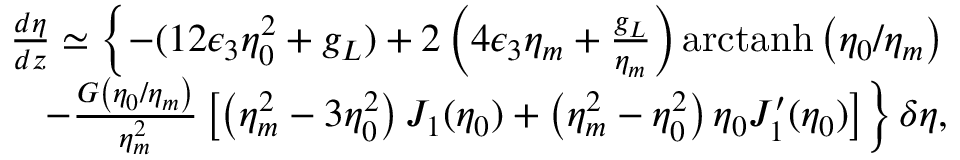
\begin{array} { r l r } & { } & { \! \! \! \! \! \! \! \! \frac { d \eta } { d z } \simeq \left\{ - ( 1 2 \epsilon _ { 3 } \eta _ { 0 } ^ { 2 } + g _ { L } ) + 2 \left( 4 \epsilon _ { 3 } \eta _ { m } + \frac { g _ { L } } { \eta _ { m } } \right) \mathrm { a r c t a n h } \left( \eta _ { 0 } / \eta _ { m } \right) \right. } \\ & { } & { \left. - \frac { G \left( \eta _ { 0 } / \eta _ { m } \right) } { \eta _ { m } ^ { 2 } } \left[ \left( \eta _ { m } ^ { 2 } - 3 \eta _ { 0 } ^ { 2 } \right) J _ { 1 } ( \eta _ { 0 } ) + \left( \eta _ { m } ^ { 2 } - \eta _ { 0 } ^ { 2 } \right) \eta _ { 0 } J _ { 1 } ^ { \prime } ( \eta _ { 0 } ) \right] \right\} \delta \eta , } \end{array}